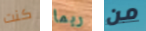
كنت ربما من